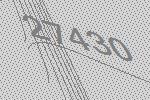
27430